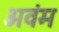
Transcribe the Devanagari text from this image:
अवंम